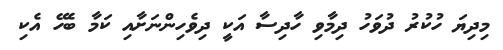
މިދިޔަ ހުކުރު ދުވަހު ދިމާވި ހާދިސާ އަކީ ދިވެހިންނަށާއި ކަމާ ބެހޭ އެކި